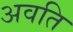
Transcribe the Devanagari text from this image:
अवति